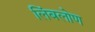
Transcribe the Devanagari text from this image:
लिंबलोण